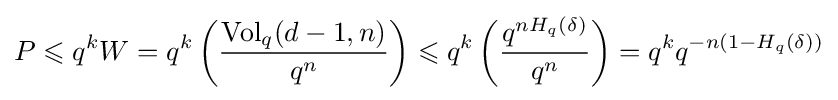
P\leqslant q^{k}W=q^{k}\left({\frac {\operatorname {Vol} _{q}(d-1,n)}{q^{n}}}\right)\leqslant q^{k}\left({\frac {q^{nH_{q}(\delta )}}{q^{n}}}\right)=q^{k}q^{-n(1-H_{q}(\delta ))}